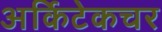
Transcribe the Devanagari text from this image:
अर्किटेकचर